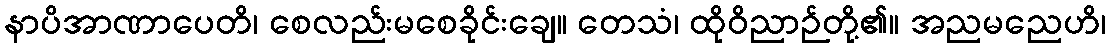
နာပိအာဏာပေတိ၊ စေလည်းမစေခိုင်းချေ။ တေသံ၊ ထိုဝိညာဉ်တို့၏။ အညမညေဟိ၊